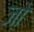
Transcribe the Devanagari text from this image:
जो़